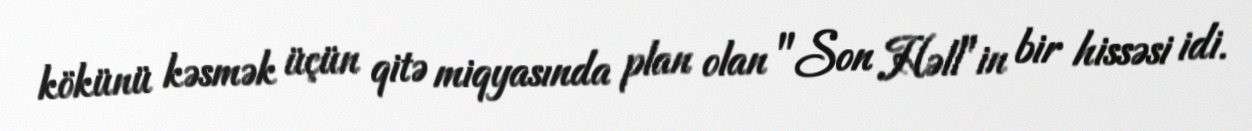
kökünü kəsmək üçün qitə miqyasında plan olan "Son Həll"in bir hissəsi idi.